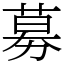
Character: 募